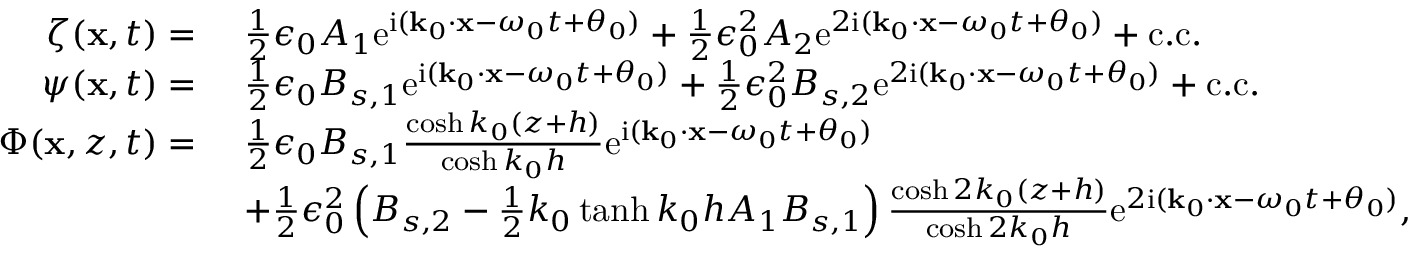
\begin{array} { r l } { \zeta ( \mathbf { x } , t ) = ~ } & { \frac { 1 } { 2 } \epsilon _ { 0 } A _ { 1 } \mathrm { e } ^ { \mathrm { i } ( \mathbf { k } _ { 0 } \cdot \mathbf { x } - \omega _ { 0 } t + \theta _ { 0 } ) } + \frac { 1 } { 2 } \epsilon _ { 0 } ^ { 2 } A _ { 2 } \mathrm { e } ^ { 2 \mathrm { i } ( \mathbf { k } _ { 0 } \cdot \mathbf { x } - \omega _ { 0 } t + \theta _ { 0 } ) } + \mathrm { c . c . } } \\ { \psi ( \mathbf { x } , t ) = ~ } & { \frac { 1 } { 2 } \epsilon _ { 0 } B _ { s , 1 } \mathrm { e } ^ { \mathrm { i } ( \mathbf { k } _ { 0 } \cdot \mathbf { x } - \omega _ { 0 } t + \theta _ { 0 } ) } + \frac { 1 } { 2 } \epsilon _ { 0 } ^ { 2 } B _ { s , 2 } \mathrm { e } ^ { 2 \mathrm { i } ( \mathbf { k } _ { 0 } \cdot \mathbf { x } - \omega _ { 0 } t + \theta _ { 0 } ) } + \mathrm { c . c . } } \\ { \Phi ( \mathbf { x } , z , t ) = ~ } & { \frac { 1 } { 2 } \epsilon _ { 0 } B _ { s , 1 } \frac { \cosh k _ { 0 } ( z + h ) } { \cosh k _ { 0 } h } \mathrm { e } ^ { \mathrm { i } ( \mathbf { k } _ { 0 } \cdot \mathbf { x } - \omega _ { 0 } t + \theta _ { 0 } ) } } \\ & { + \frac { 1 } { 2 } \epsilon _ { 0 } ^ { 2 } \left( B _ { s , 2 } - \frac { 1 } { 2 } k _ { 0 } \operatorname { t a n h } k _ { 0 } h A _ { 1 } B _ { s , 1 } \right) \frac { \cosh 2 k _ { 0 } ( z + h ) } { \cosh 2 k _ { 0 } h } \mathrm { e } ^ { 2 \mathrm { i } ( \mathbf { k } _ { 0 } \cdot \mathbf { x } - \omega _ { 0 } t + \theta _ { 0 } ) } , } \end{array}